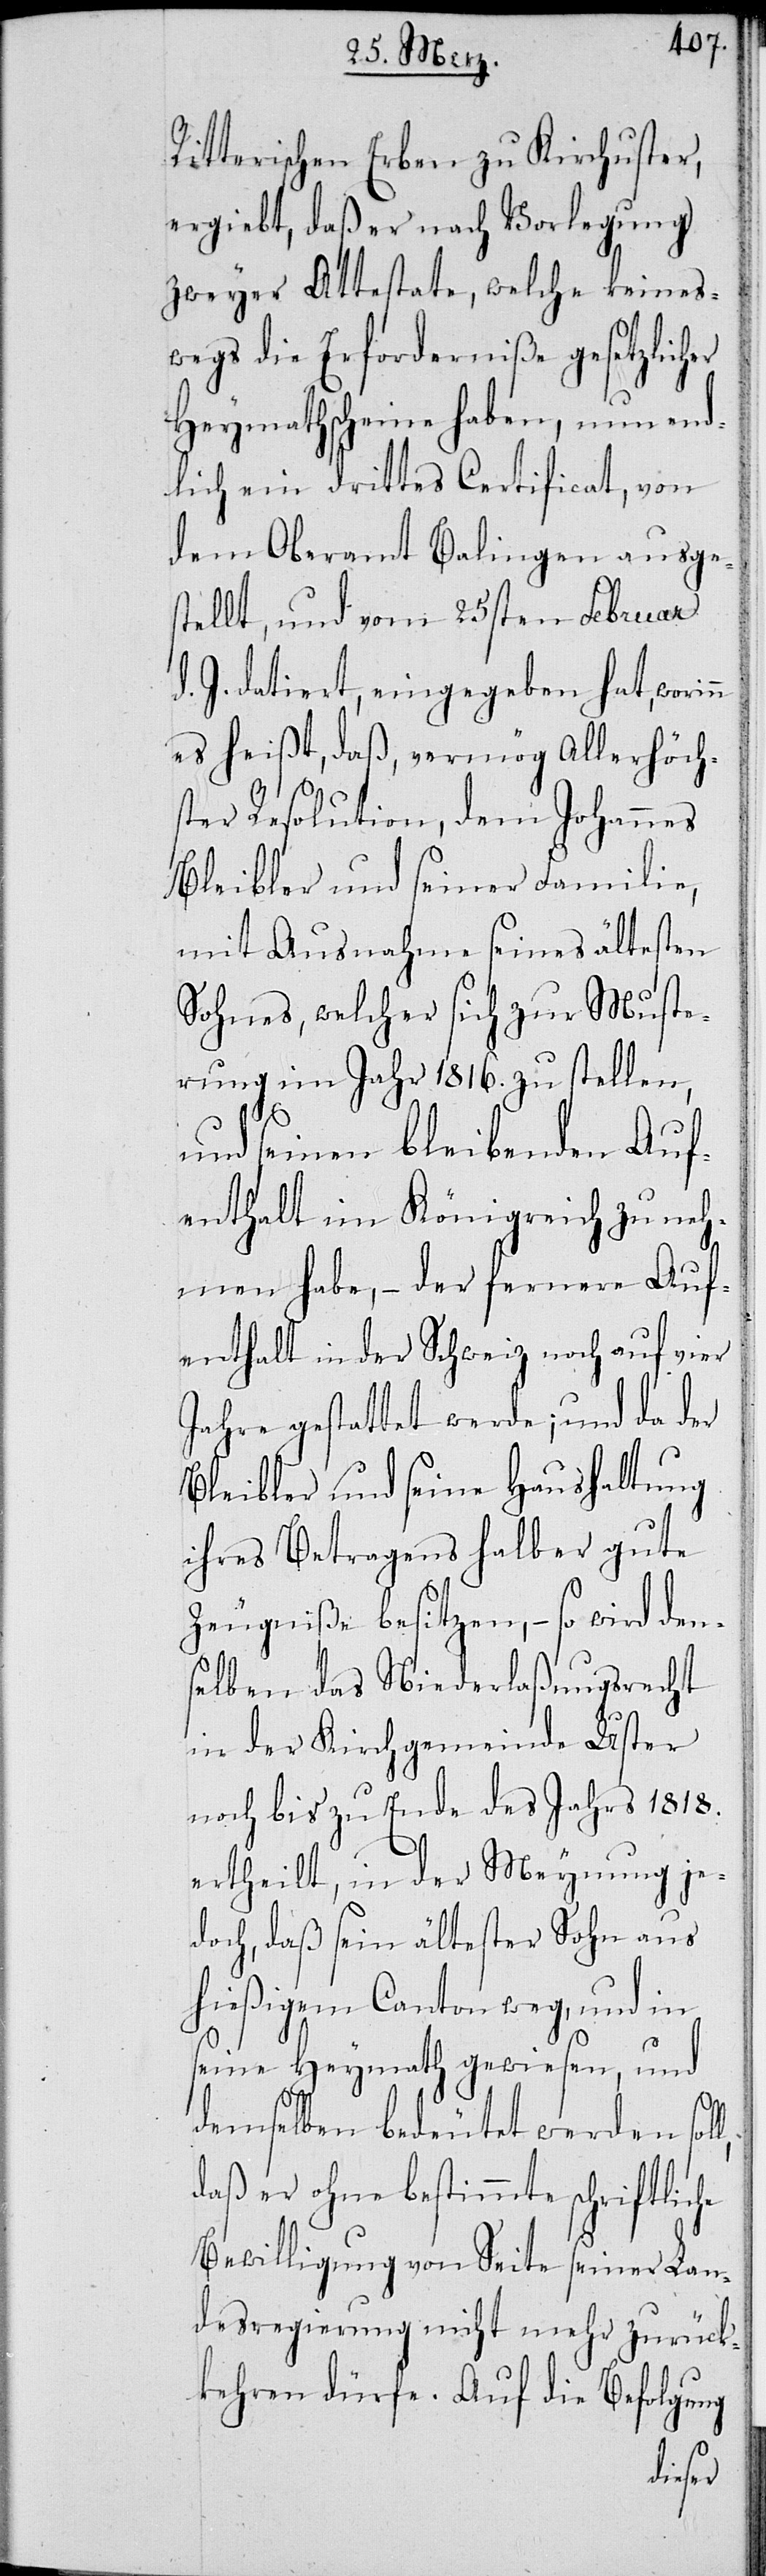
Ritterischen Erben zu Kirchuster,
ergiebt, daß er nach Vorlegung
zweyer Attestate, welche keines¬
wegs die Erforderniße gesetzlicher
Heymathscheine haben, nun end¬
lich ein drittes Certificat, von
dem Oberamt Balingen ausges¬
tellt, und vom 25sten Februar
d. J. datiert, eingegeben hat, worinn
es heißt, daß, vermög Allerhöch¬
ster Resolution, dem Johannes
Bleibler und seiner Familie,
mit Ausnahme seines ältesten
Sohnes, welcher sich zur Muste¬
rung im Jahr 1816. zu stellen,
l,
und seinen bleibenden Auf¬
enthalt im Königreich zu neh¬
men habe, – der fernere Auf¬
enthalt in der Schweiz noch auf vier
Jahre gestattet werde; und da der
Bleibler und seine Haushaltung
ihres Betragens halber gute
Zeugniße besitzen, – so wird den¬
selben das Niederlaßungsrecht
in der Kirchgemeinde Uster
noch bis zu Ende des Jahrs 1818.
ertheilt, in der Meynung je¬
doch, daß sein ältester Sohn aus
hießigem Canton weg, und in
seine Heymath gewiesen, und
demselben bedeutet werden sol¬
daß er ohne bestimmte schriftliche
Bewilligung von Seite seiner Lan¬
desregierung nicht mehr zurück¬
kehren dürfe. Auf die Befolgung